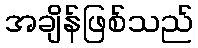
အချိန်ဖြစ်သည်